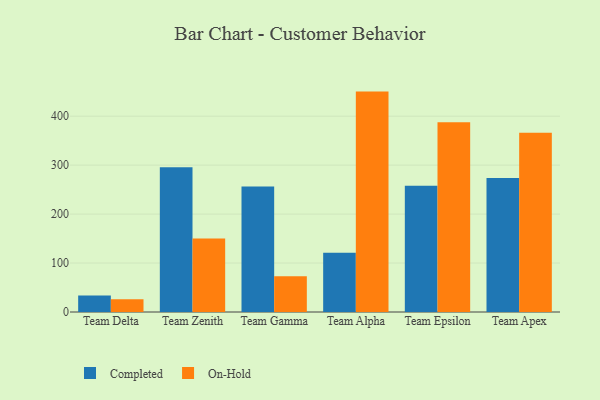
{"axis": {"x": "Team", "y": "Bounce Rate (%)"}, "legend": ["Completed", "On-Hold"], "data": [{"x": "Team Delta", "y": 33.9, "type": "Completed"}, {"x": "Team Delta", "y": 26.0, "type": "On-Hold"}, {"x": "Team Zenith", "y": 295.9, "type": "Completed"}, {"x": "Team Zenith", "y": 149.9, "type": "On-Hold"}, {"x": "Team Gamma", "y": 256.5, "type": "Completed"}, {"x": "Team Gamma", "y": 73.2, "type": "On-Hold"}, {"x": "Team Alpha", "y": 121.0, "type": "Completed"}, {"x": "Team Alpha", "y": 450.2, "type": "On-Hold"}, {"x": "Team Epsilon", "y": 257.8, "type": "Completed"}, {"x": "Team Epsilon", "y": 387.8, "type": "On-Hold"}, {"x": "Team Apex", "y": 273.6, "type": "Completed"}, {"x": "Team Apex", "y": 366.0, "type": "On-Hold"}]}